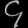
Digit: ၄